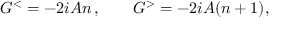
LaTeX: G ^ { < } = - 2 i { \cal A } n \, , \qquad G ^ { > } = - 2 i { \cal A } ( n + 1 ) ,